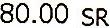
80.00 SR